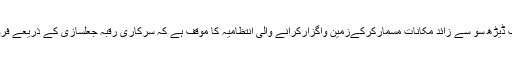
دوسری جانب ڈیڑھ سو سے زائد مکانات مسمارکرکےزمین واگزارکرانے والی انتظامیہ کا موقف ہے کہ سرکاری رقبہ جعلسازی کے ذریعے فروخت کیا گیا۔